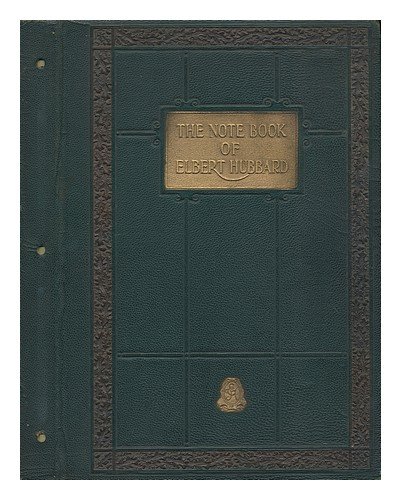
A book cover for The Note Book of Elbert Hubbard; II, Elbert HUBBARD; Cookbooks, Food & Wine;